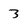
Character: 3